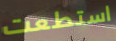
استطعت